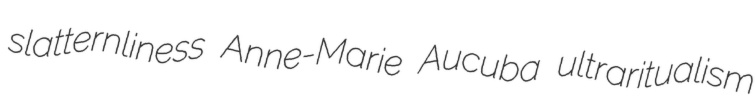
slatternliness Anne-Marie Aucuba ultraritualism